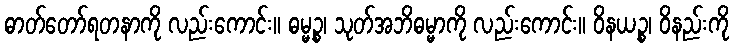
ဓာတ်တော်ရတနာကို လည်းကောင်း။ ဓမ္မဉ္စ၊ သုတ်အဘိဓမ္မာကို လည်းကောင်း။ ဝိနယဉ္စ၊ ဝိနည်းကို